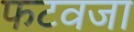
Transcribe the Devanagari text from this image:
फटवजा